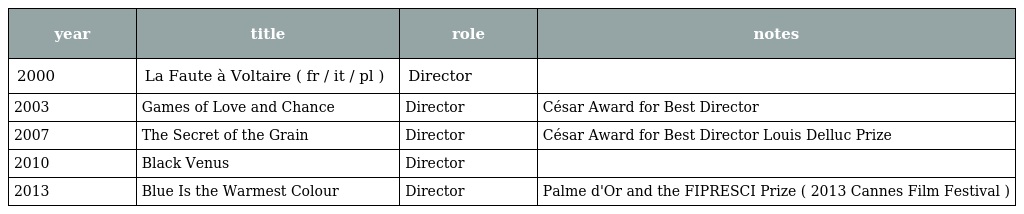
| year | title | role | notes |
 | --- | --- | --- | --- |
 | 2000 | La Faute à Voltaire ( fr / it / pl ) | Director |  |
 | 2003 | Games of Love and Chance | Director | César Award for Best Director |
 | 2007 | The Secret of the Grain | Director | César Award for Best Director Louis Delluc Prize |
 | 2010 | Black Venus | Director |  |
 | 2013 | Blue Is the Warmest Colour | Director | Palme d'Or and the FIPRESCI Prize ( 2013 Cannes Film Festival ) |